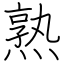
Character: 熟